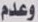
وعدم